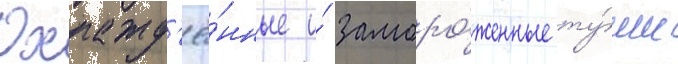
Охлажд'ё́нные и́ заморо́женные ту́ши